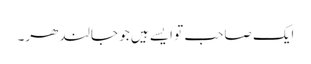
ایک صاحب تو ایسے ہیں جو جالندھر۔